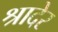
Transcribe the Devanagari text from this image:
श्रादेर